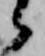
候